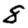
Digit: 8